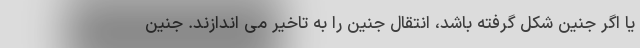
یا اگر جنین شکل گرفته باشد، انتقال جنین را به تاخیر می اندازند. جنین